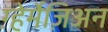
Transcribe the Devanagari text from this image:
ग़्हेर्मेज़िअन